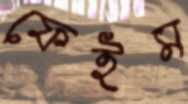
ফেইম